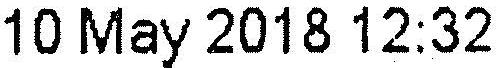
10 MAY 2018 12:32